Vaccination in Bombay 1924-1928 - 1924-1928
Year: 1924
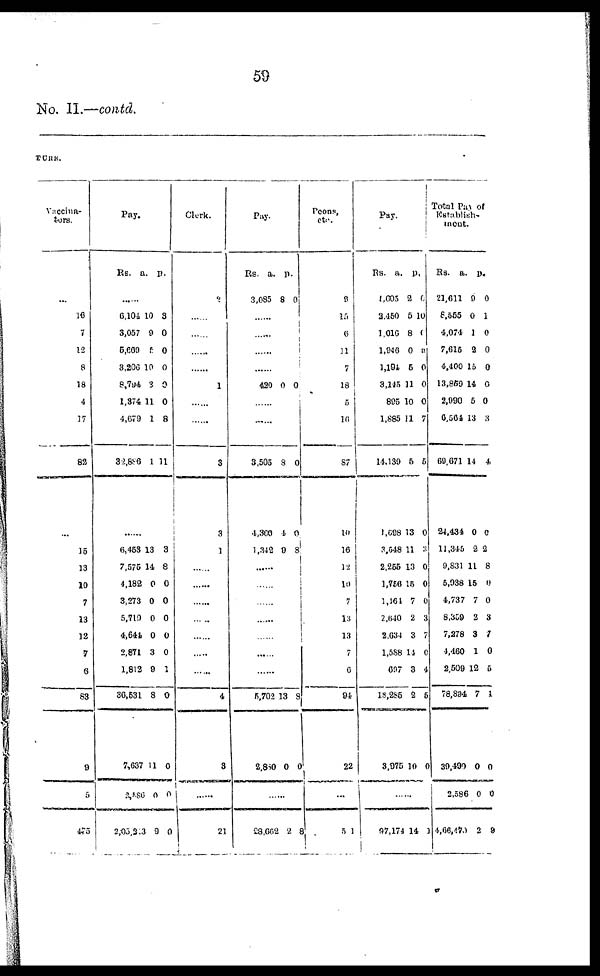
59
No. II.—contd.
TURE.
Vaccina¬
tors.
...
16
7
12
8
18
4
17
82
...
15
13
10
7
13
12
7
6
83
9
5
475
Pay.
Rs.
a. p.
......
6,104
3,057
5,669
3,200
8,794
1,374
4,679
32,886
10
9
5
10
3
11
1
1
3
0
0
0
0
0
8
11
......
6,453
7,575
4,182
3,273
5,719
4,644
2,871
1,812
30,531
7,637
2,586
2,03,213
13
11
0
0
0
0
3
9
8
11
0
0
3
8
0
0
0
0
0
1
0
0
0
0
Clerk.
2
......
......
......
......
1
......
......
3
3
1
......
......
......
......
......
......
......
4
3
21
Pay.
Rs.
3,085
a.
8
p.
0
......
......
......
......
420 0 0
......
......
3,505
4,360
1,342
8
4
9
0
0
8
......
......
......
......
......
......
......
5,702
2,850
13
0
8
0
......
28,662 2 8
Peons,
etc.
9
15
6
11
7
18
5
16
87
10
16
12
10
7
13
13
7
6
94
22
...
51
Pay.
Rs.
1,605
2,460
1,016
1,946
1,191
3,145
895
1,885
14,130
l,698
3,548
2,255
1,756
1,164
2,640
2,634
1,588
697
18,285
3,975
a.
2
5
8
0
5
11
10
11
5
13
11
13
15
7
2
3
14
3
2
10
p.
6
10
0
0
0
0
0
7
5
0
3
0
0
0
3
7
0
4
6
0
......
97,174
14 1
Total Pay of
Establish¬
ment.
Rs.
21,611
8,555
1,074
7,616
4,400
13,869
2,990
6,564
69,671
24,134
11,345
9,831
5,938
1,737
8,369
7,278
4,460
2,509
78,894
39,490
2,586
4,66,470
a.
9
0
1
2
15
14
5
13
14
0
2
11
15
7
2
3
1
12
7
0
0
2
p.
0
1
0
0
0
0
0
3
4
0
2
8
0
0
3
7
0
0
1
0
0
9